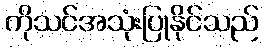
ကိုသင်အသုံးပြုနိုင်သည်